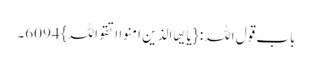
باب قول اللہ: {یایھا الذین امنوا اتقواللہ} 6094۔